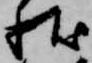
状